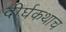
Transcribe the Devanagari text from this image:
दीर्घकथाच